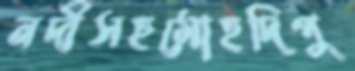
নদীসহমোহদিপু